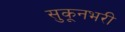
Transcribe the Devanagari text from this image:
सुकूनभरी